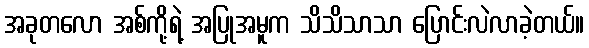
အခုတလော အစ်ကို့ရဲ့ အပြုအမူက သိသိသာသာ ပြောင်းလဲလာခဲ့တယ်။